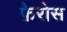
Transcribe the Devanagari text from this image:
फ़ेरोस